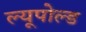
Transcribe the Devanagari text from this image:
ल्यूपोल्ड